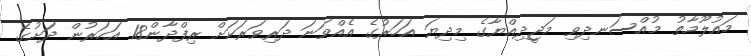
މައުލޫމާތު މުއްސަނދިވި މަޖީދިއްޔާގެ މިދިޔަ އަހަރުގެ އެއްވަނަ ދަރިވަރަކަށް ރިފްދާން18 އަހަރުން ދަށުގެ